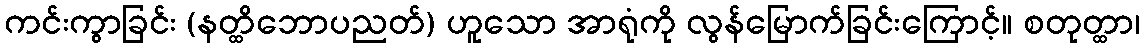
ကင်းကွာခြင်း (နတ္ထိဘောပညတ်) ဟူသော အာရုံကို လွန်မြောက်ခြင်းကြောင့်။ စတုတ္ထာ၊